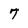
Character: 7